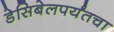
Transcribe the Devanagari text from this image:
डेसिबेलपर्यंतचा